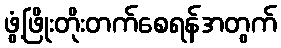
ဖွံ့ဖြိုးတိုးတက်စေရန်အတွက်